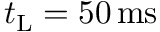
t _ { \mathrm { L } } = 5 0 \, \mathrm { m s }